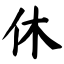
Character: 休